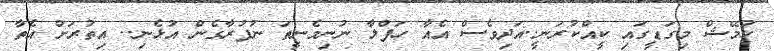
ހުމޭޝް މިގަޑީގައި ކީއްކުރަނީ..އަދިވެސް އެއާ ހަފްލާ ނުނިމެނީތަ ނުފުރާގެން އުޅެނި.. އިތުރަށް އެތާ